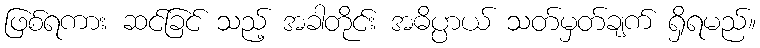
ဖြစ်ရကား ဆင်ခြင် သည့် အခါတိုင်း အဓိပ္ပာယ် သတ်မှတ်ချက် ရှိရမည်။